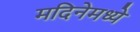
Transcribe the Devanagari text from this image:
मदिनेमध्ये